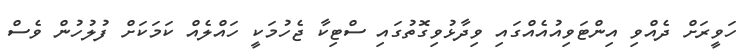
ހަވީރަށް ދެއްވި އިންޓަވިއުއެއްގައި ވިދާޅުވިގޮތުގައި ސްޓިކާ ޖެހުމަކީ ހައްލެއް ކަމަކަށް ފުލުހުން ވެސް